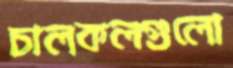
চালকলগুলো